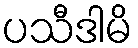
ပသီဒါမိ